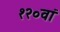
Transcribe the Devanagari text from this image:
१२०वां